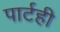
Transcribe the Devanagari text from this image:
पार्टही